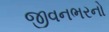
જીવનભરનો